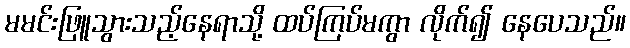
မမင်းဖြူသွားသည့်နေရာသို့ ထပ်ကြပ်မကွာ လိုက်၍ နေပေသည်။